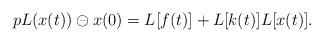
LaTeX: \begin{align*}pL(x(t))\circleddash x(0)=L[f(t)]+L[k(t)]L[x(t)].\end{align*}